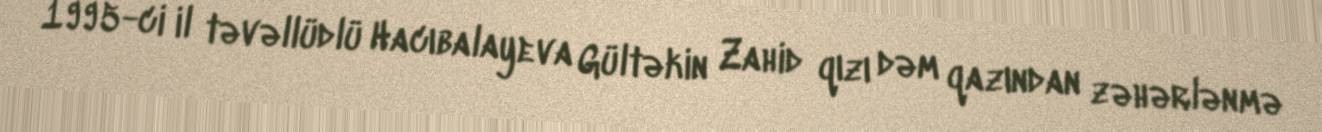
1995-ci il təvəllüdlü Hacıbalayeva Gültəkin Zahid qızı dəm qazından zəhərlənmə